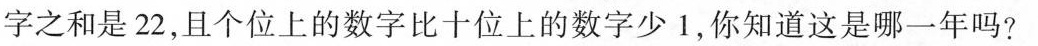
字之和是22，且个位上的数字比十位上的数字少1，你知道这是哪一年吗?